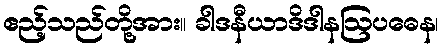
ဧည့်သည်တို့အား။ ခါဒနီယာဒိဒါနဩပဓေန၊